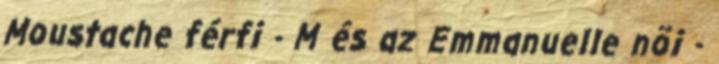
Moustache férfi - M és az Emmanuelle nõi -